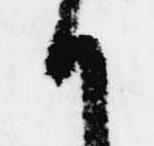
候